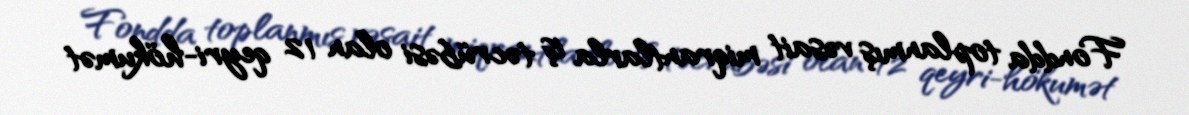
Fondda toplanmış vəsait miqrantlarla iş təcrübəsi olan 12 qeyri-hökumət